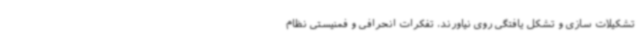
تشکیلات سازی و تشکل یافتگی روی نیاورند، تفکرات انحرافی و فمنیستی نظام